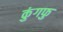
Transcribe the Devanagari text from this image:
कुंगफु